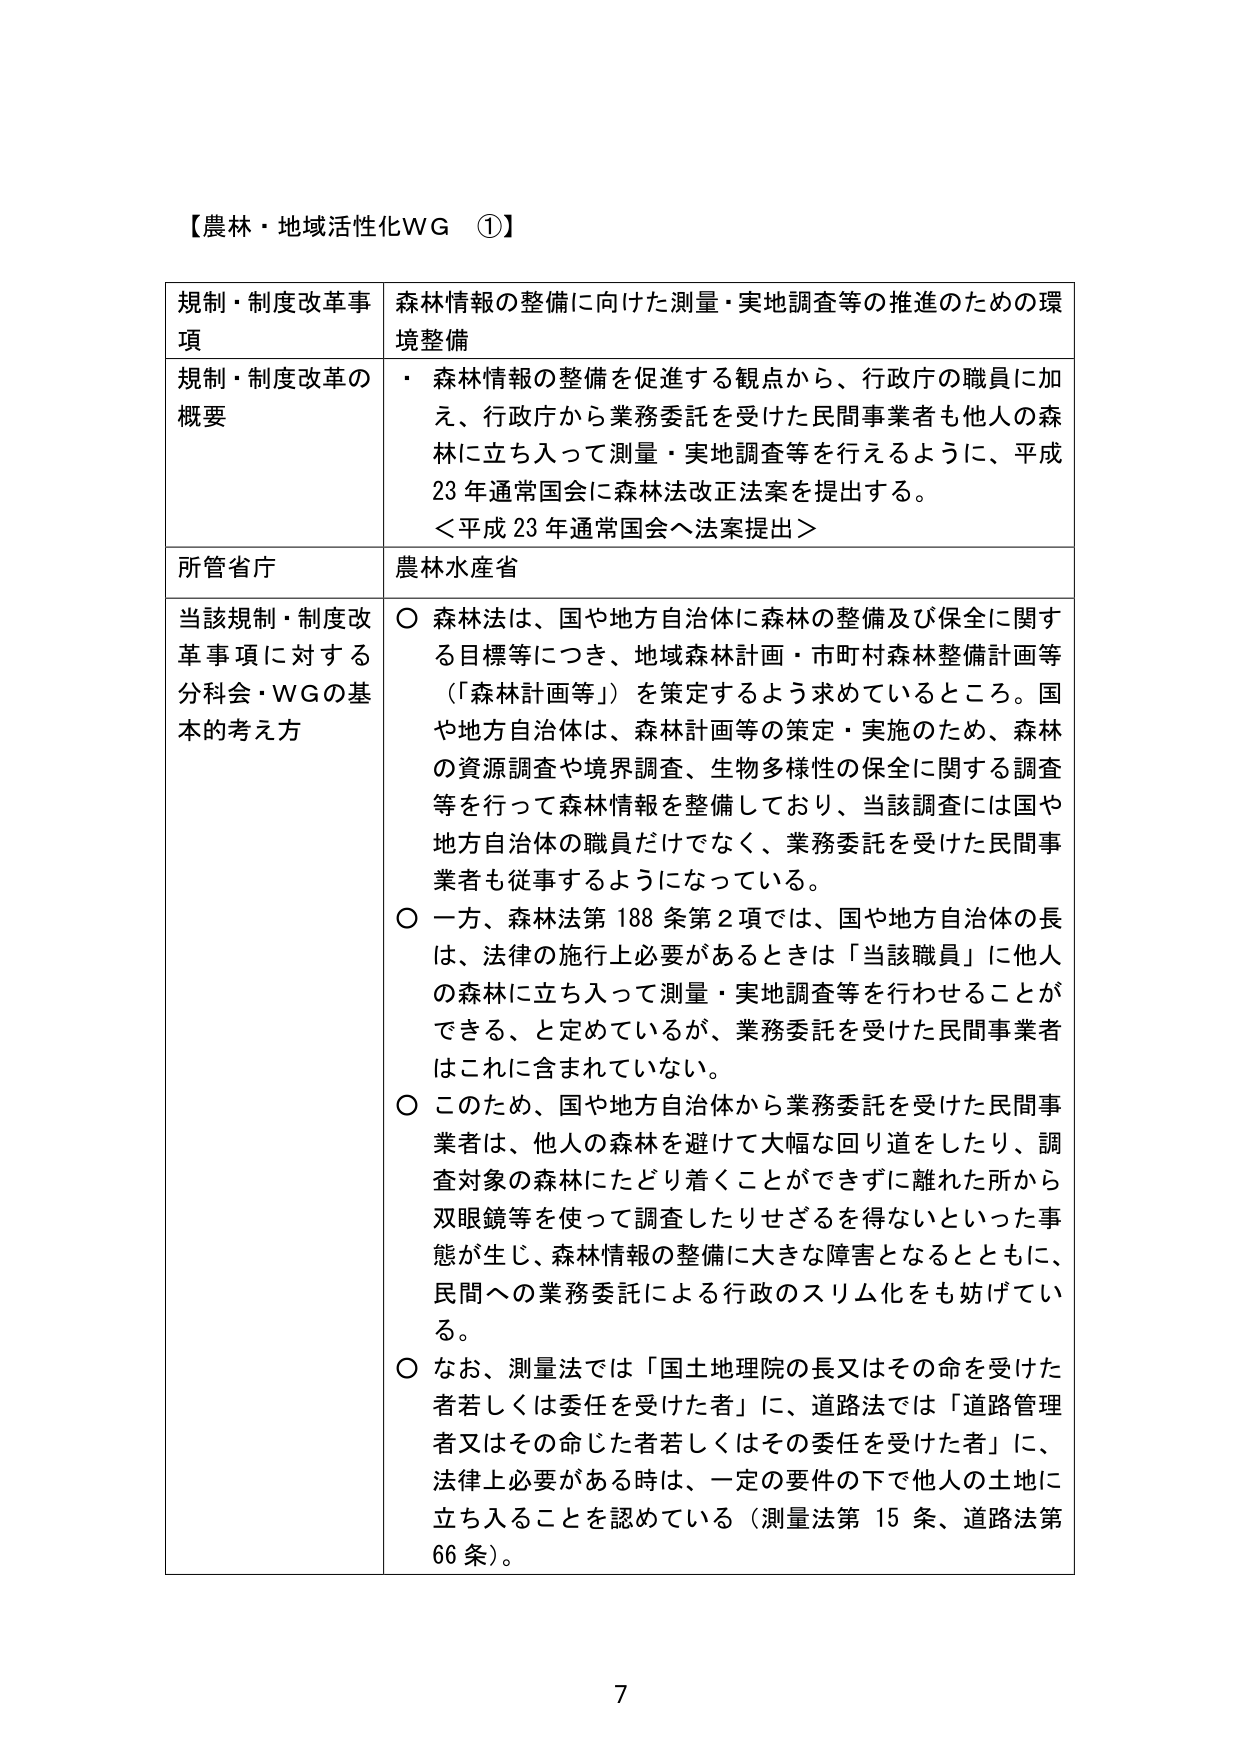
【農林・地域活性化WG ①】

規制・制度改革事項　　森林情報の整備に向けた測量・実地調査等の推進のための環境整備

規制・制度改革の概要　　・ 森林情報の整備を促進する観点から、行政庁の職員に加え、行政庁から業務委託を受けた民間事業者も他人の森林に立ち入って測量・実地調査等を行えるように、平成23年通常国会に森林法改正法案を提出する。
＜平成23年通常国会へ法案提出＞

所管省庁　　農林水産省

当該規制・制度改革事項に対する分科会・WGの基本的考え方　　○ 森林法は、国や地方自治体に森林の整備及び保全に関する目標等につき、地域森林計画・市町村森林整備計画等（「森林計画等」）を策定するよう求めているところ。国や地方自治体は、森林計画等の策定・実施のため、森林の資源調査や境界調査、生物多様性の保全に関する調査等を行って森林情報を整備しており、当該調査には国や地方自治体の職員だけでなく、業務委託を受けた民間事業者も従事するようになっている。
○ 一方、森林法第188条第2項では、国や地方自治体の長は、法律の施行上必要があるときは「当該職員」に他人の森林に立ち入って測量・実地調査等を行わせることができる、と定めているが、業務委託を受けた民間事業者はこれに含まれていない。
○ このため、国や地方自治体から業務委託を受けた民間事業者は、他人の森林を避けて大幅な回り道をしたり、調査対象の森林にたどり着くことができずに離れた所から双眼鏡等を使って調査したりせざるを得ないといった事態が生じ、森林情報の整備に大きな障害となるとともに、民間への業務委託による行政のスリム化をも妨げている。
○ なお、測量法では「国土地理院の長又はその命を受けた者若しくは委任を受けた者」に、道路法では「道路管理者又はその命じた者若しくはその委任を受けた者」に、法律上必要がある時は、一定の要件の下で他人の土地に立ち入ることを認めている（測量法第15条、道路法第66条）。

7